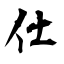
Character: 仕